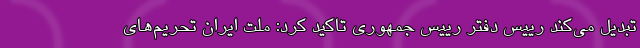
تبدیل می‌کند رییس دفتر رییس جمهوری تاکید کرد: ملت ایران تحریم‌های